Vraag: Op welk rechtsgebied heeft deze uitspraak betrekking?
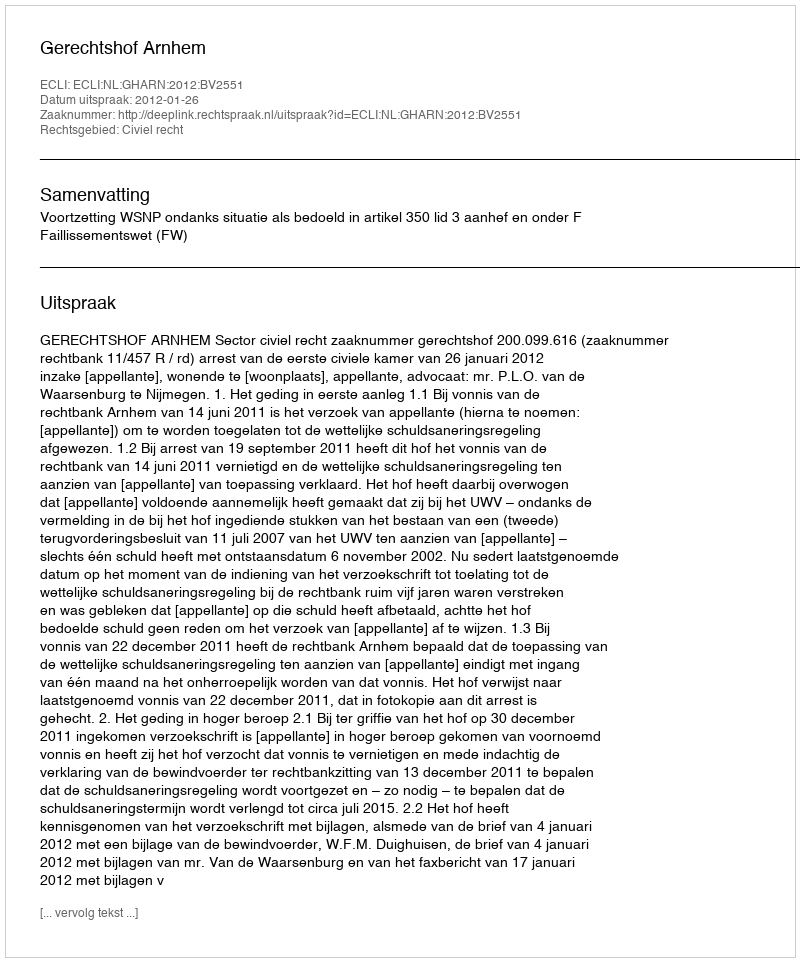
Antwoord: Civiel recht